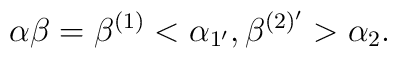
\alpha \beta = \beta ^{(1)} <\alpha _{1'},\beta ^{(2)'}>\alpha _{2}.